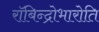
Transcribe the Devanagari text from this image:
रॉबिन्द्रोभारोति